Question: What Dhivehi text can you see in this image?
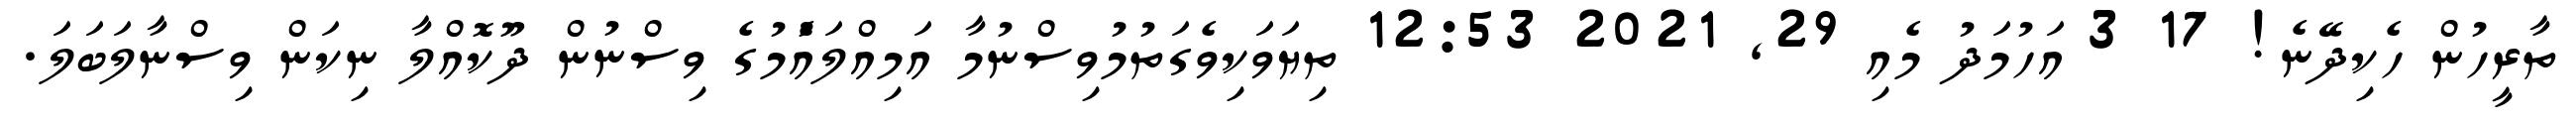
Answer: ތާރީހުން ހެކިދޭނެ! 17 3 އަހުމަދު މެއި 29, 2021 12:53 ތިޔަވަކިވެގަތުމުވިސްނުމާ އަމިއްލައެުމުގެ ވިސްނުން ދޫކޮއްލާ ނިކަން ވިސްނާލަބަލަ.